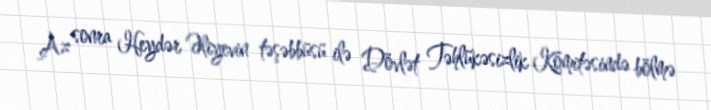
Az sonra Heydər Əliyevin təşəbbüsü ilə Dövlət Təhlükəsizlik Komitəsində bölmə